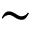
\sim